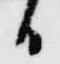
日